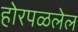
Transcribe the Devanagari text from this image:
होरपळलेल